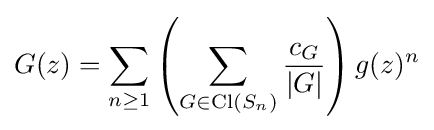
G(z)=\sum _{n\geq 1}\left(\sum _{G\in \operatorname {Cl} (S_{n})}{\frac {c_{G}}{|G|}}\right)g(z)^{n}